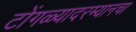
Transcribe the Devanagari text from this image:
टोंगळ्यादरम्यानचा